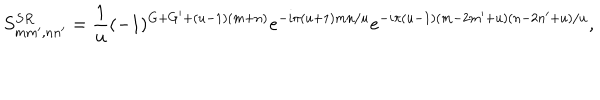
S _ { m m ^ { \prime } , n n ^ { \prime } } ^ { S R } = \frac { 1 } { u } ( - 1 ) ^ { G + G ^ { \prime } + ( u - 1 ) ( m + n ) } e ^ { - i \pi ( u + 1 ) m n / u } e ^ { - i \pi ( u - 1 ) ( m - 2 m ^ { \prime } + u ) ( n - 2 n ^ { \prime } + u ) / u } ,